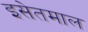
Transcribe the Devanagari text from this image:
इसेतमाल